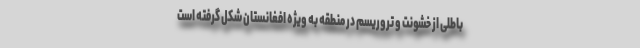
باطلی از خشونت و تروریسم در منطقه به ویژه افغانستان شکل گرفته است